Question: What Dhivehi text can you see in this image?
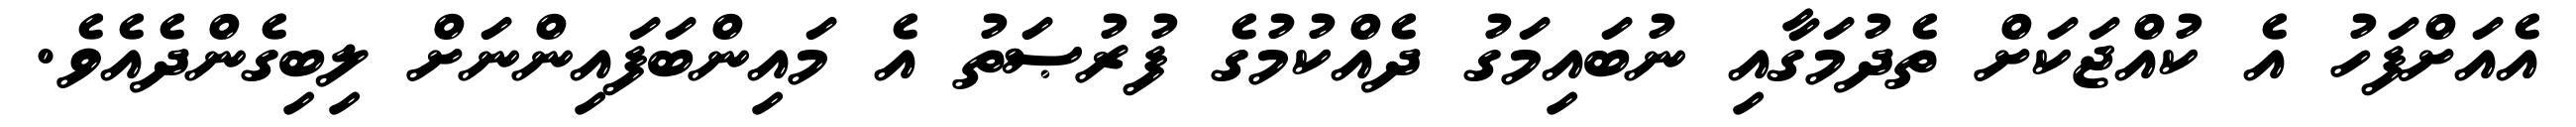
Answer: އެއަށްފަހު އެ ކުއްޖަކަށް ތެދުމަގާއި ނުބައިމަގު ދެއްކުމުގެ ފުރުޞަތު އެ މައިންބަފައިންނަށް ލިބިގެންދެއެވެ.